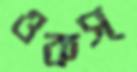
ওকস্